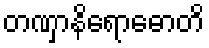
တဏှာနိရောဓောတိ